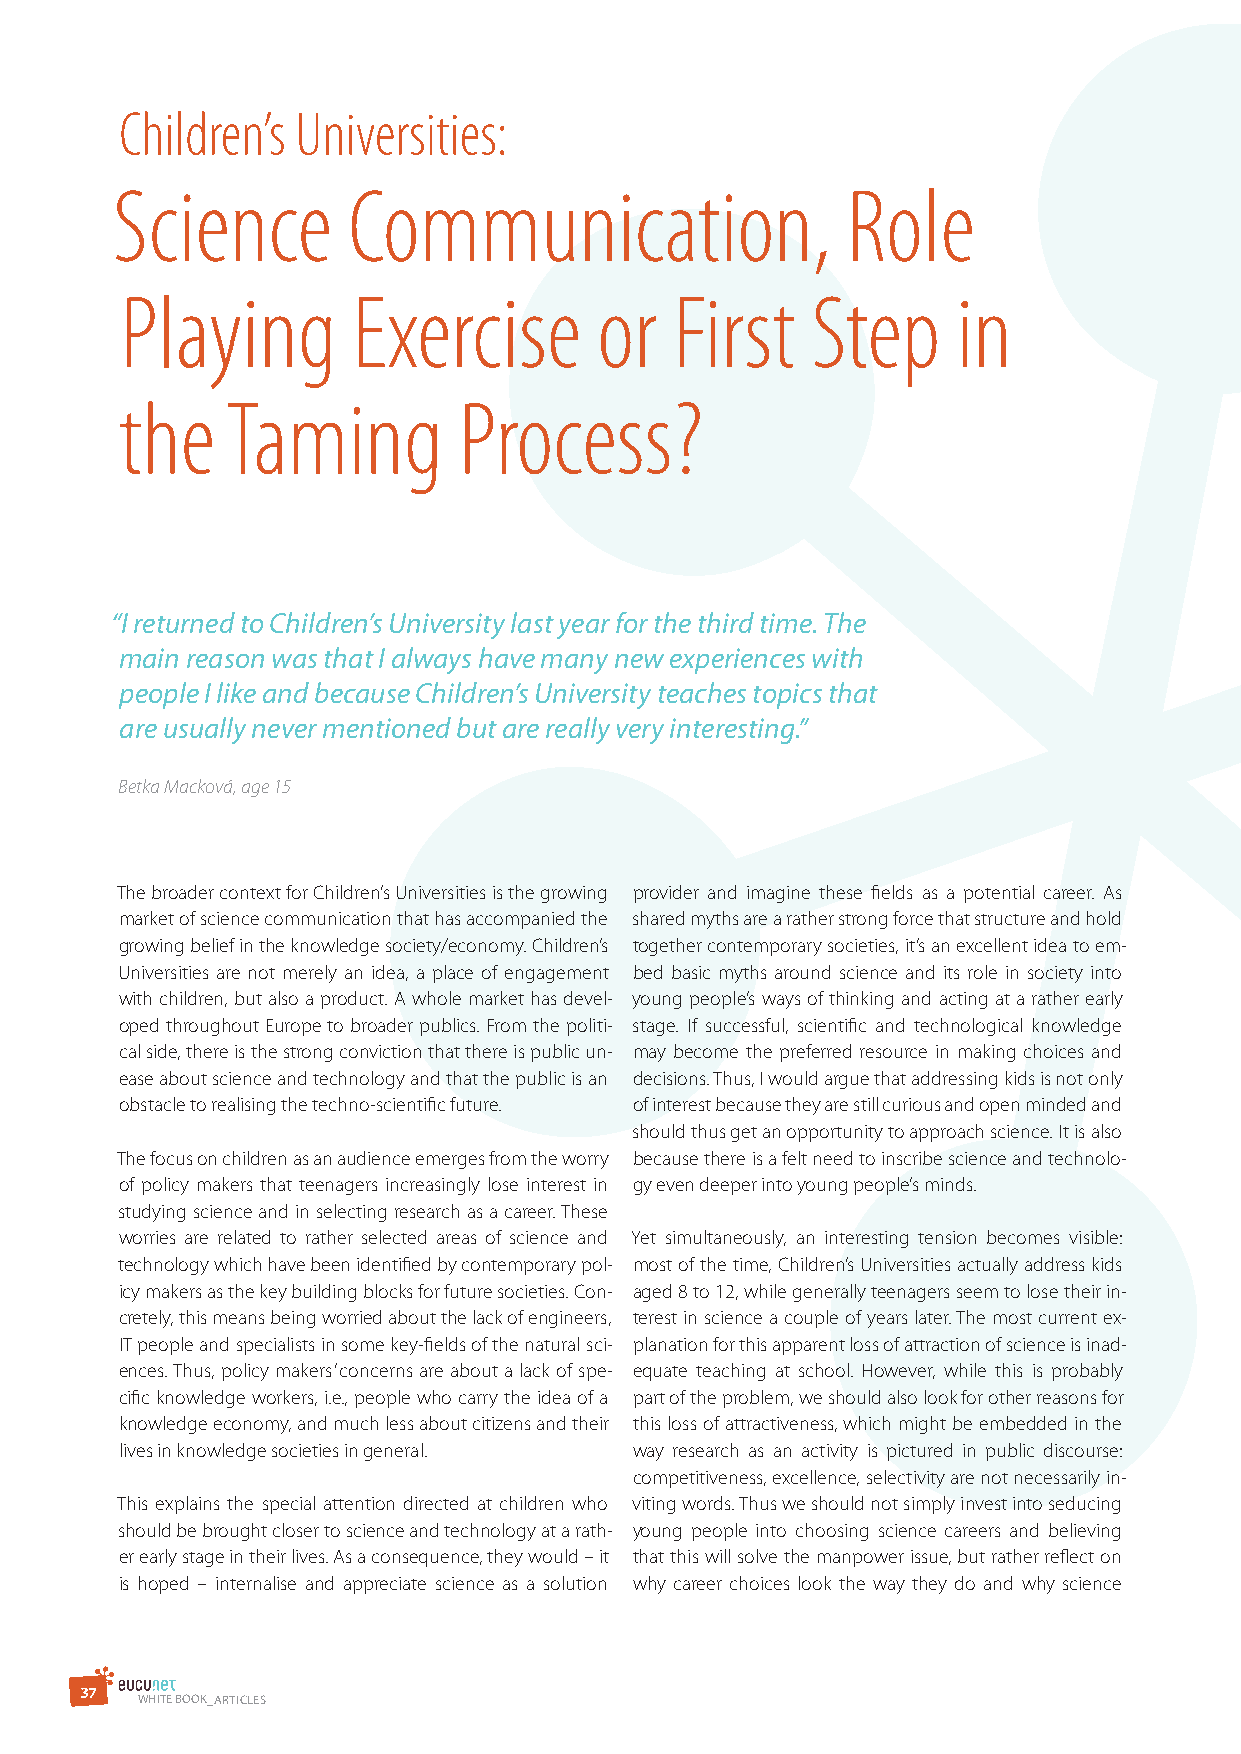
Children’s  Universities:
 Science         Communication,                   Role
 Playing        Exercise         or   First    Step     in
 the    Taming         Process?
 “I returned to Children’s University last year for the third time. The
 main reason was that I always have many new experiences with
 people I like and because Children’s University teaches topics that
 are usually never mentioned but are really very interesting.”
 Betka Macková, age 15
 The broader context for Children’s Universities is the growing provider and imagine these fields as a potential career. As
 market of science communication that has accompanied the shared myths are a rather strong force that structure and hold
 growing belief in the knowledge society/economy. Children’s together contemporary societies, it’s an excellent idea to em-
 Universities are not merely an idea, a place of engagement bed basic myths around science and its role in society into
 with children, but also a product. A whole market has devel- young people’s ways of thinking and acting at a rather early
 oped throughout Europe to broader publics. From the politi- stage. If successful, scientific and technological knowledge
 cal side, there is the strong conviction that there is public un- may become the preferred resource in making choices and
 ease about science and technology and that the public is an decisions. Thus, I would argue that addressing kids is not only
 obstacle to realising the techno-scientific future. of interest because they are still curious and open minded and
 should thus get an opportunity to approach science. It is also
 The focus on children as an audience emerges from the worry because there is a felt need to inscribe science and technolo-
 of policy makers that teenagers increasingly lose interest in gy even deeper into young people’s minds.
 studying science and in selecting research as a career. These
 worries are related to rather selected areas of science and Yet simultaneously, an interesting tension becomes visible:
 technology which have been identified by contemporary pol- most of the time, Children’s Universities actually address kids
 icy makers as the key building blocks for future societies. Con- aged 8 to 12, while generally teenagers seem to lose their in-
 cretely, this means being worried about the lack of engineers, terest in science a couple of years later. The most current ex-
 IT people and specialists in some key-fields of the natural sci- planation for this apparent loss of attraction of science is inad-
 ences. Thus, policy makers’ concerns are about a lack of spe- equate teaching at school. However, while this is probably
 cific knowledge workers, i.e., people who carry the idea of a part of the problem, we should also look for other reasons for
 knowledge economy, and much less about citizens and their this loss of attractiveness, which might be embedded in the
 lives in knowledge societies in general. way research as an activity is pictured in public discourse:
 competitiveness, excellence, selectivity are not necessarily in-
 This explains the special attention directed at children who viting words. Thus we should not simply invest into seducing
 should be brought closer to science and technology at a rath- young people into choosing science careers and believing
 er early stage in their lives. As a consequence, they would – it that this will solve the manpower issue, but rather reflect on
 is hoped – internalise and appreciate science as a solution why career choices look the way they do and why science
 3 7
 WHITE BOOK_ArTIClEs